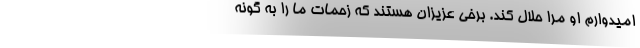
امیدوارم او مرا حلال کند. برخی عزیزان هستند که زحمات ما را به گونه